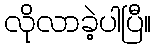
လိုလာခဲ့ပါပြီ။